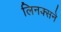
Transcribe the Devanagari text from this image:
लिनक्सने